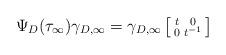
LaTeX: \begin{align*}\Psi_{D}(\tau_\infty) \gamma_{D,\infty}=\gamma_{D,\infty} \left[\begin{smallmatrix} t & 0 \\ 0 & t^{-1} \end{smallmatrix} \right]\end{align*}